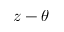
z - \theta